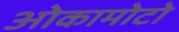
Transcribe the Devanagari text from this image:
ओकामोटो